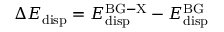
\Delta E _ { \mathrm { d i s p } } = E _ { \mathrm { d i s p } } ^ { \mathrm { B G - X } } - E _ { \mathrm { d i s p } } ^ { \mathrm { B G } }